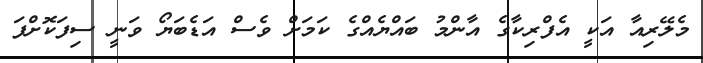
މެލޭރިއާ އަކީ އެފްރިކާގެ އާންމު ބައްޔެއްގެ ކަމަށް ވެސް އަޑެބަޔޯ ވަނީ ސިފަކޮށްފަ